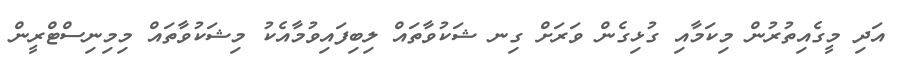
އަދި މީގެއިތުރުން މިކަމާއި ގުޅިގެން ވަރަށް ގިނ ޝަކުވާތައް ލިބިފައިވުމާއެކު މިޝަކުވާތައް މިމިނިސްޓްރީން